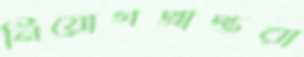
নিয়োগপ্রাপ্তরা